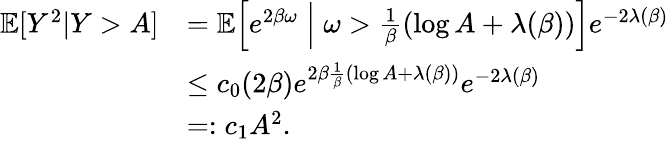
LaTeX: \begin{array}{rl}{\mathbb{E}[Y^{2}|Y>A]}&{=\mathbb{E}\Big[e^{2\beta\omega}\; \Big|\; \omega>\frac{1}{\beta}(\log A+\lambda(\beta))\Big]e^{-2\lambda(\beta)}}\\ &{\leq c_{0}(2\beta)e^{2\beta\frac{1}{\beta}(\log A+\lambda(\beta))}e^{-2\lambda(\beta)}}\\ &{=:c_{1}A^{2}.}\end{array}